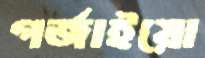
গর্জাইয়ো